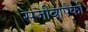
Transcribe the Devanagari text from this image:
सजीवापैकी